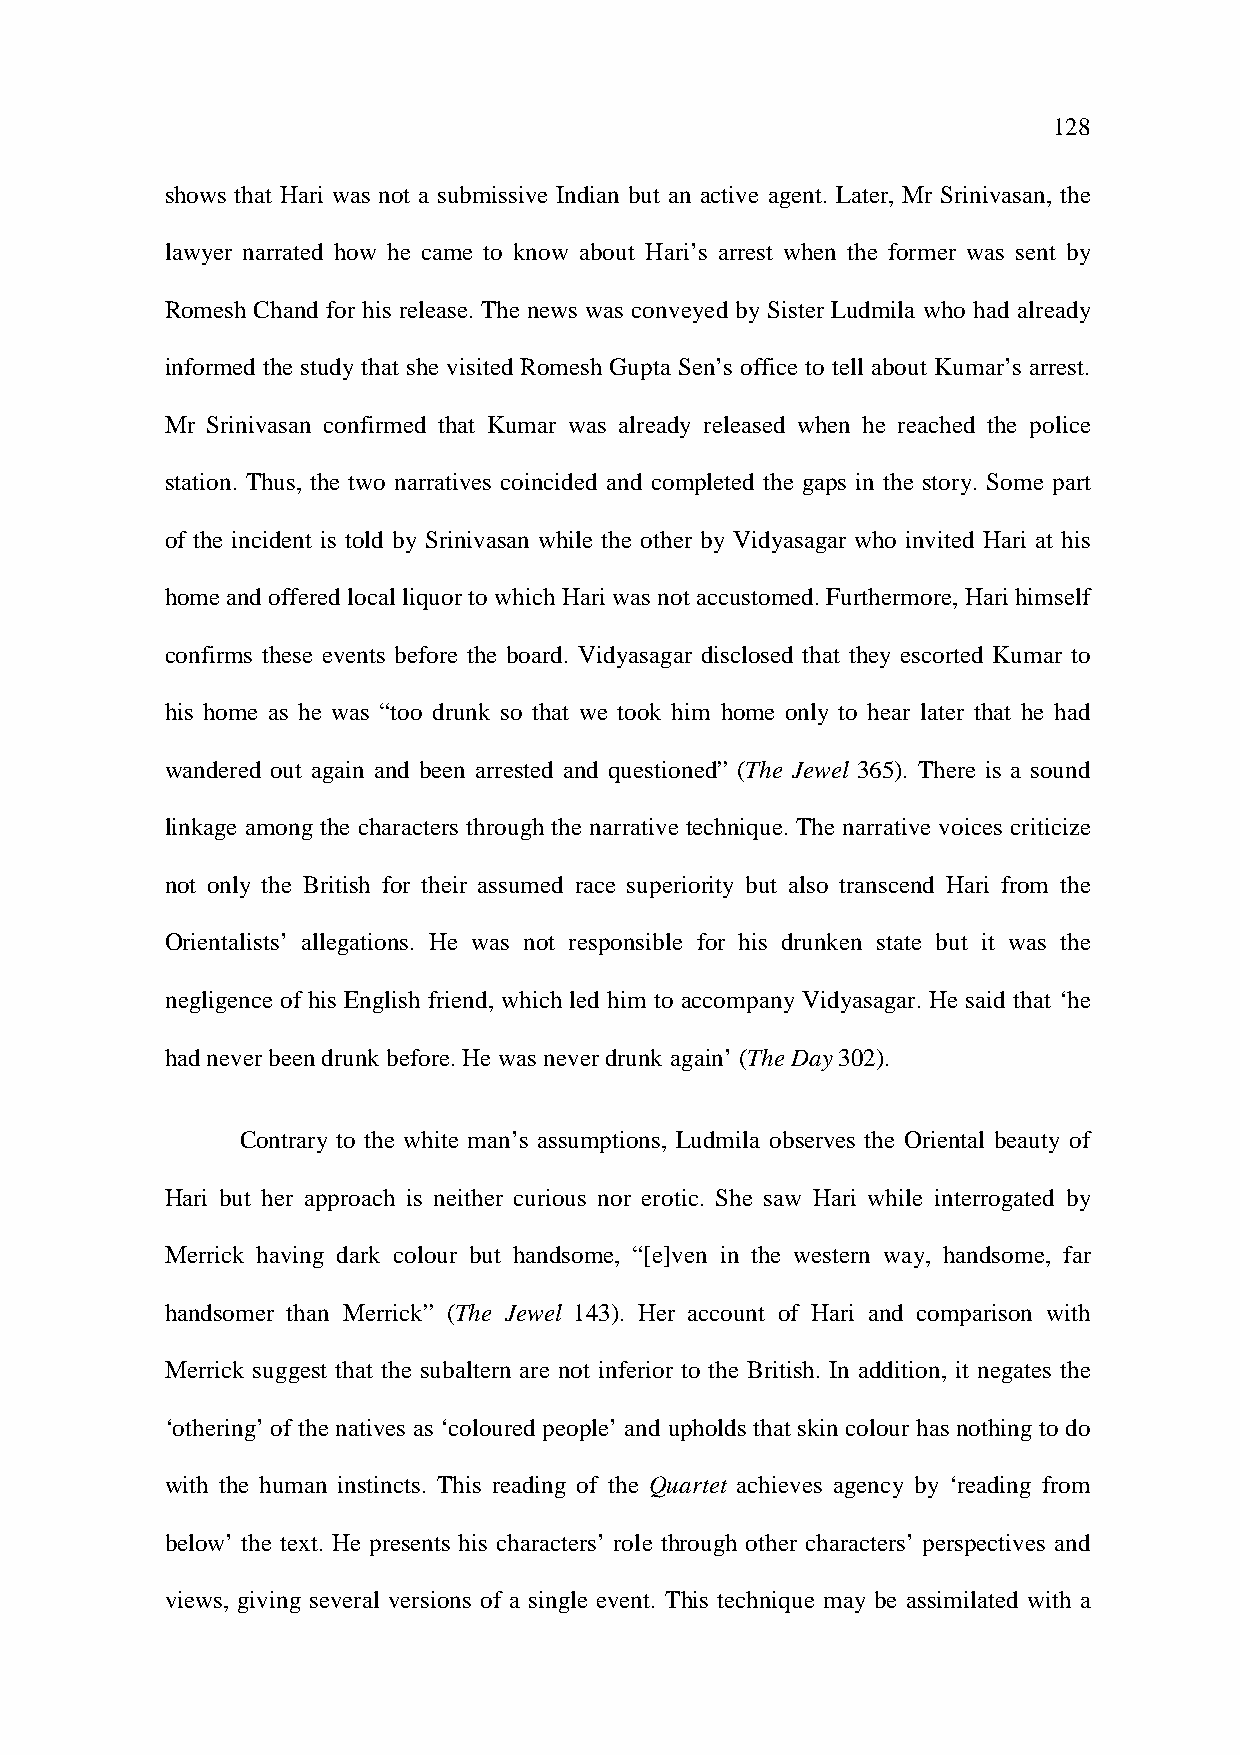
128
 shows that Hari was not a submissive Indian but an active agent. Later, Mr Srinivasan, the
 lawyer narrated how he came to know about Hari’s arrest when the former was sent by
 Romesh Chand for his release. The news was conveyed by Sister Ludmila who had already
 informed the study that she visited Romesh Gupta Sen’s office to tell about Kumar’s arrest.
 Mr Srinivasan confirmed that Kumar was already released when he reached the police
 station. Thus, the two narratives coincided and completed the gaps in the story. Some part
 of the incident is told by Srinivasan while the other by Vidyasagar who invited Hari at his
 home and offered local liquor to which Hari was not accustomed. Furthermore, Hari himself
 confirms these events before the board. Vidyasagar disclosed that they escorted Kumar to
 his home as he was “too drunk so that we took him home only to hear later that he had
 wandered out again and been arrested and questioned” (The Jewel 365). There is a sound
 linkage among the characters through the narrative technique. The narrative voices criticize
 not only the British for their assumed race superiority but also transcend Hari from the
 Orientalists’ allegations. He was not responsible for his drunken state but it was the
 negligence of his English friend, which led him to accompany Vidyasagar. He said that ‘he
 had never been drunk before. He was never drunk again’ (The Day 302).
 Contrary to the white man’s assumptions, Ludmila observes the Oriental beauty of
 Hari but her approach is neither curious nor erotic. She saw Hari while interrogated by
 Merrick having dark colour but handsome, “[e]ven in the western way, handsome, far
 handsomer than Merrick” (The Jewel 143). Her account of Hari and comparison with
 Merrick suggest that the subaltern are not inferior to the British. In addition, it negates the
 ‘othering’ of the natives as ‘coloured people’ and upholds that skin colour has nothing to do
 with the human instincts. This reading of the Quartet achieves agency by ‘reading from
 below’ the text. He presents his characters’ role through other characters’ perspectives and
 views, giving several versions of a single event. This technique may be assimilated with a